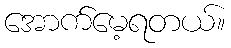
အောက်မေ့ရတယ်။